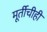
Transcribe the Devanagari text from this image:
मूर्तीचीही